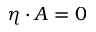
\eta \cdot A = 0